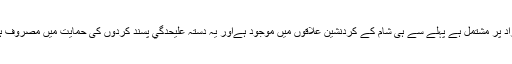
خیال رہے امریکا کا ایک فوجی دستہ جو ۵۰ افراد پر مشتمل ہے پہلے سے ہی شام کے کردنشین علاقوں میں موجود ہےاور یہ دستہ علیحدگي پسند کردوں کی حمایت میں مصروف ہیں جو کہ امریکا کے اشاروں پر کام کرتے ہیں۔